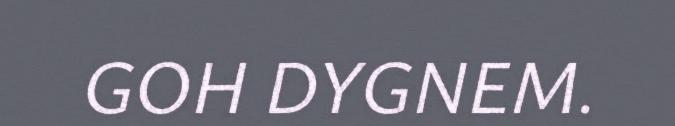
GOH DYGNEM.